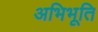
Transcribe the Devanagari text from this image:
अभिभूति